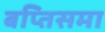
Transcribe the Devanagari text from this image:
बप्तिसमा